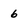
Character: 6